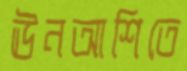
ঊনআশিতে